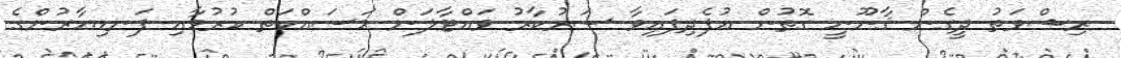
ރިޝްވަތު ދީގެން ޤާނޫނީ ގޮތުން އުފެދިފައިވާ ސަރުކާރު ވައްޓާލަން މަސައްކަތް ކުރުމާއި ފަނޑިޔާރުންގެ